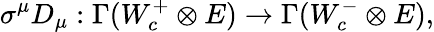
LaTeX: \sigma^{\mu}D_{\mu}:\Gamma(W_{c}^{+}\otimes E)\to\Gamma(W_{c}^{-}\otimes E),